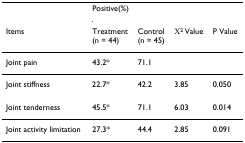
<table><thead><tr><td></td><td colspan="2"><b>Positive(%)</b></td><td></td><td></td></tr><tr><td><b>Items</b></td><td><b>Treatment(n = 44)</b></td><td><b>Control(n = 45)</b></td><td><b>Χ<sup>2 </sup>Value</b></td><td><b>P Value</b></td></tr></thead><tbody><tr><td>Joint pain</td><td>43.2*</td><td>71.1</td><td></td><td></td></tr><tr><td>Joint stiffness</td><td>22.7*</td><td>42.2</td><td>3.85</td><td>0.050</td></tr><tr><td>Joint tenderness</td><td>45.5*</td><td>71.1</td><td>6.03</td><td>0.014</td></tr><tr><td>Joint activity limitation</td><td>27.3*</td><td>44.4</td><td>2.85</td><td>0.091</td></tr></tbody></table>